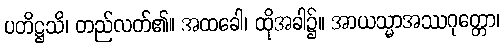
ပတိဋ္ဌသိ၊ တည်လတ်၏။ အထခေါ၊ ထိုအခါ၌။ အာယသ္မာအဿဂုတ္တော၊